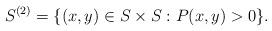
LaTeX: \begin{align*}S^{(2)} = \{(x, y) \in S \times S : P (x, y) > 0\}.\end{align*}